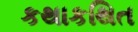
કથાકથિત